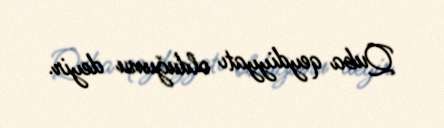
Quba qeydiyyatı olduğunu deyir.